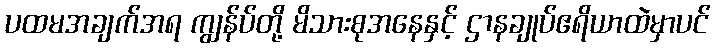
ပထမအချက်အရ ကျွန်ပ်တို့ မိသားစုအနေနှင့် ဌာနချုပ်ဧရိယာထဲမှာပင်